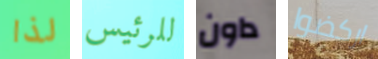
لذا للرئيس داون اركضوا